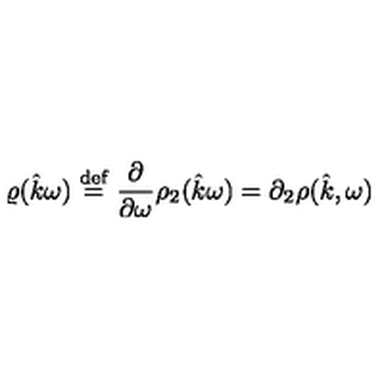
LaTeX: \varrho ( \hat { k } \omega ) \stackrel { \mathrm { d e f } } { = } \frac { \partial } { \partial \omega } \rho _ { 2 } ( \hat { k } \omega ) = \partial _ { 2 } \rho ( \hat { k } , \omega )